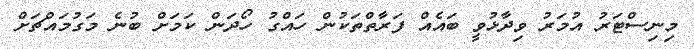
މިނިސްޓަރު އުމަރު ވިދާޅުވީ ބައެއް ފަރާތްތަކުން ހައްގު ހޯދަން ކަަމަށް ބުނެ މަގުމައްޗަށް